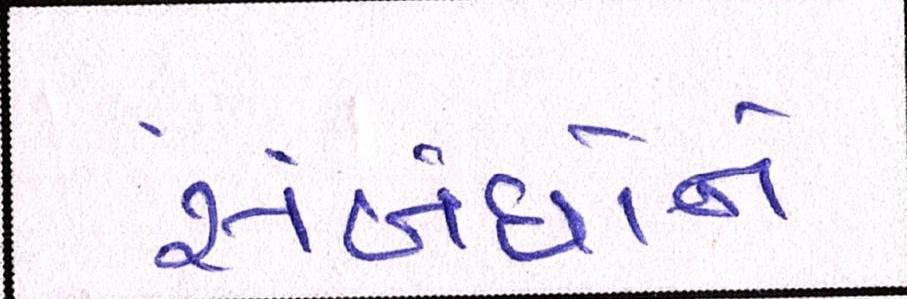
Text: સંબંધોને